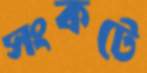
সংকটে